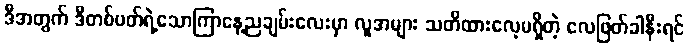
ဒီအတွက် ဒီတစ်ပတ်ရဲ့သောကြာနေ့ညချမ်းလေးမှာ လူအများ သတိထားလေ့မရှိတဲ့ လေဖြတ်ခါနီးရင်